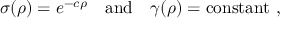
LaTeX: \sigma ( \rho ) = e ^ { - c \rho } \quad \mathrm { a n d } \quad \gamma ( \rho ) = \mathrm { c o n s t a n t } ~ ,